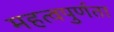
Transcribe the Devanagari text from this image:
महत्वपुर्णता